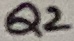
Text: Q2